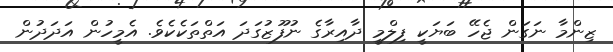
ޒިންމާ ނަގަން ޖެހޭ ބަޔަކީ ފިލްމީ ދާއިރާގެ ނުފޫޒުގަދަ އަތްތަކެކެވެ. އެމީހުން އަދަދުން